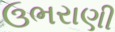
ઉભરાણી